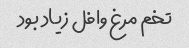
تخم مرغ وافل زیاد بود